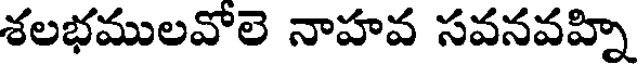
శలభములవోలె నాహవ సవనవహ్ని